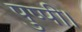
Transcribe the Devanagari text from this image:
पुष्पी।